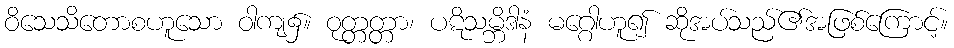
ဝိသေသိတောစဟူသော ဝါကျ၌။ ဝုတ္တတ္တာ၊ ပဋိသမ္ဘိဒါနံ မဂ္ဂေါဟူ၍ ဆိုအပ်သည်၏အဖြစ်ကြောင့်။